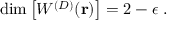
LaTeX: \mathrm { d i m } \left[ W ^ { ( { D } ) } ( { \bf r } ) \right] = 2 - \epsilon \; .